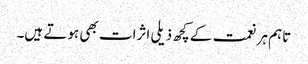
تاہم ہر نعمت کے کچھ ذیلی اثرات بھی ہوتے ہیں۔